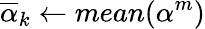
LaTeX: {\overline{{\alpha}}}_{k}\gets mean(\alpha^{m})